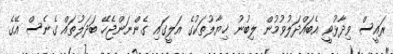
ރައީސް ވިދާޅުވީ އެބައްދަލުވުމުން ލިބުނު ޚިޔާލުތަކުގެ އަލީގައި ގެންނަންޖެހޭ ބަދަލުތައް ގެނެސް އޭގެ